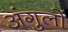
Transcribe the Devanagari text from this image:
अंगुलों